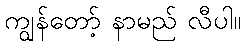
ကျွန်တော့် နာမည် လီပါ။